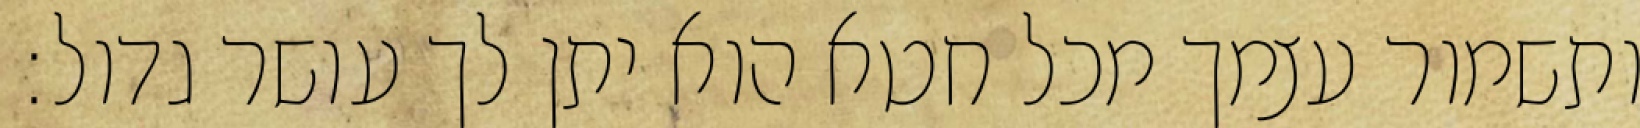
ותשמור עצמך מכל חטא הוא יתן לך עושר גדול: